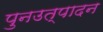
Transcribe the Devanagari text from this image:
पुनउत्पादन